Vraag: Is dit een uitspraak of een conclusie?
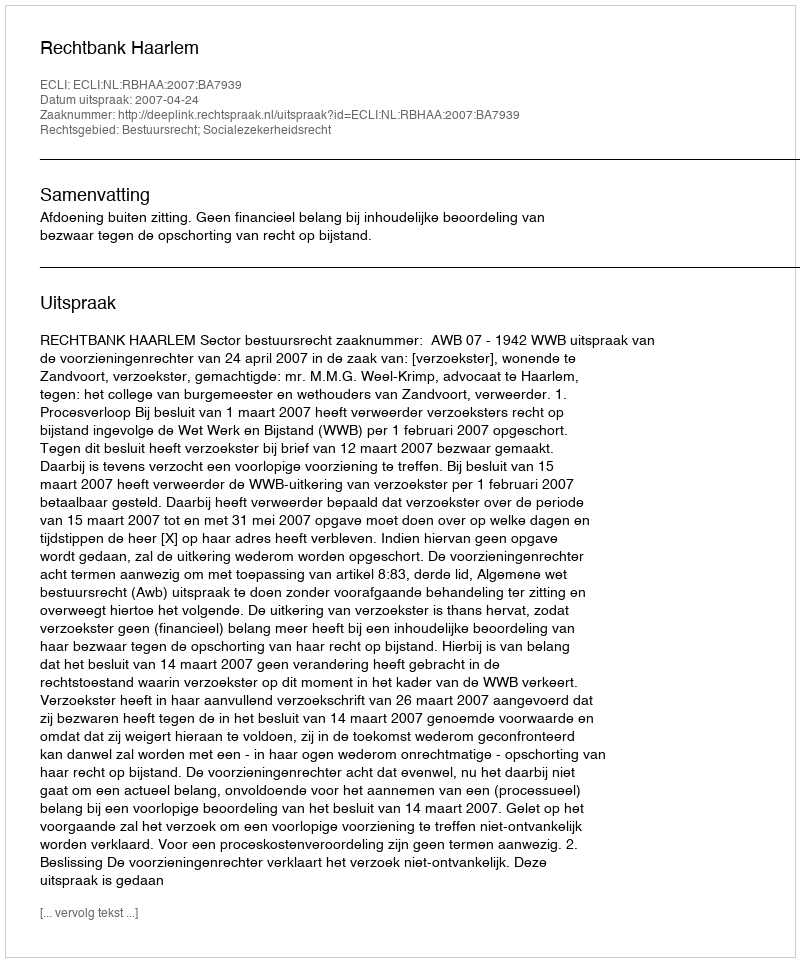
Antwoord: Uitspraak